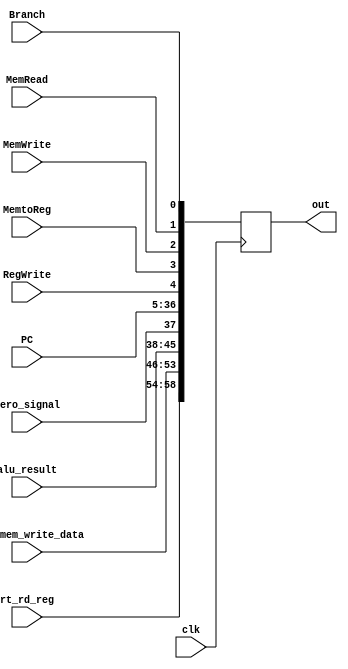
`timescale 1ns / 1ps

module EX_MEM_reg(
    input clk,
    input Branch,
    input MemRead,
    input MemWrite,
    input MemtoReg,
    input RegWrite,
    input [31:0] PC,
    input zero_signal,
    input [7:0] alu_result,
    input [7:0] data_mem_write_data,    // data to be written to data mem
    input [4:0] rt_rd_reg,
    output reg [58:0] out
    );
    

    initial begin
    #2
        out = 0;
    end
    
    always @ (posedge clk) begin
        #2
        out = {
                rt_rd_reg,
                data_mem_write_data,
                alu_result,
                zero_signal,
                PC,
                RegWrite,
                MemtoReg,
                MemWrite,
                MemRead,
                Branch
                };
    end
endmodule